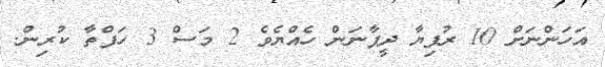
އަހަންނަށް 10 ރުފިޔާ ދީފާނަން ހެއްޔެވެ 2 މަސް 3 ހަފްތާ ކުރިން.